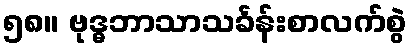
၅၈။ ဗုဒ္ဓဘာသာသင်္ခန်းစာလက်စွဲ